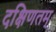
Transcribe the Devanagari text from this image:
दक्षिणतम्